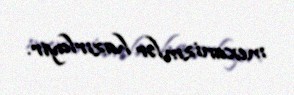
mexanizmlər hazırlayır.